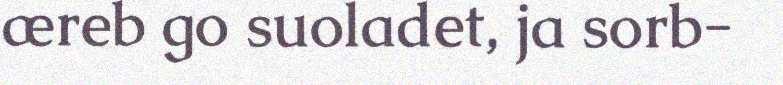
æreb go suoladet, ja sorb-